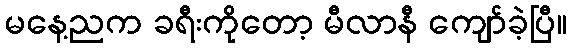
မနေ့ညက ခရီးကိုတော့ မီလာနီ ကျော်ခဲ့ပြီ။